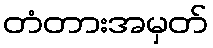
တံတားအမှတ်